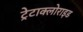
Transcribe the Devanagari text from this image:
ट्रेटाक्लोराइड